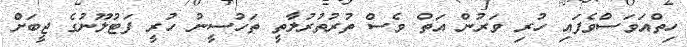
ހިތްއަވަސްވެފައި ހުރި ވަރުން އަތް ވެސް ތުރުތުރުލާތީ ތަހުސީނު ހުރީ ފަޓުލޫނުގެ ޖީބަށް